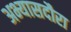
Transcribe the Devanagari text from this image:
अभ्यासदौरा